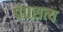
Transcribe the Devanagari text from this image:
पं०सत्य